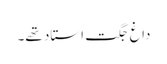
داغ جگت استاد تھے۔